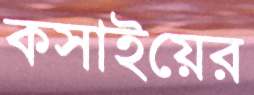
কসাইয়ের